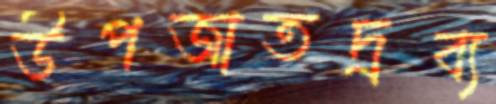
উপজাতদ্রব্য